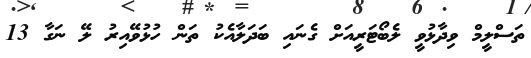
ތަސްލީމް ވިދާޅުވީ ލެބޯޓަރީއަށް ގެނައި ބަދަލާއެކު ތަން ހުޅުވޭއިރު ލޭ ނަގާ 13